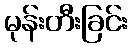
မုန်းတီးခြင်း